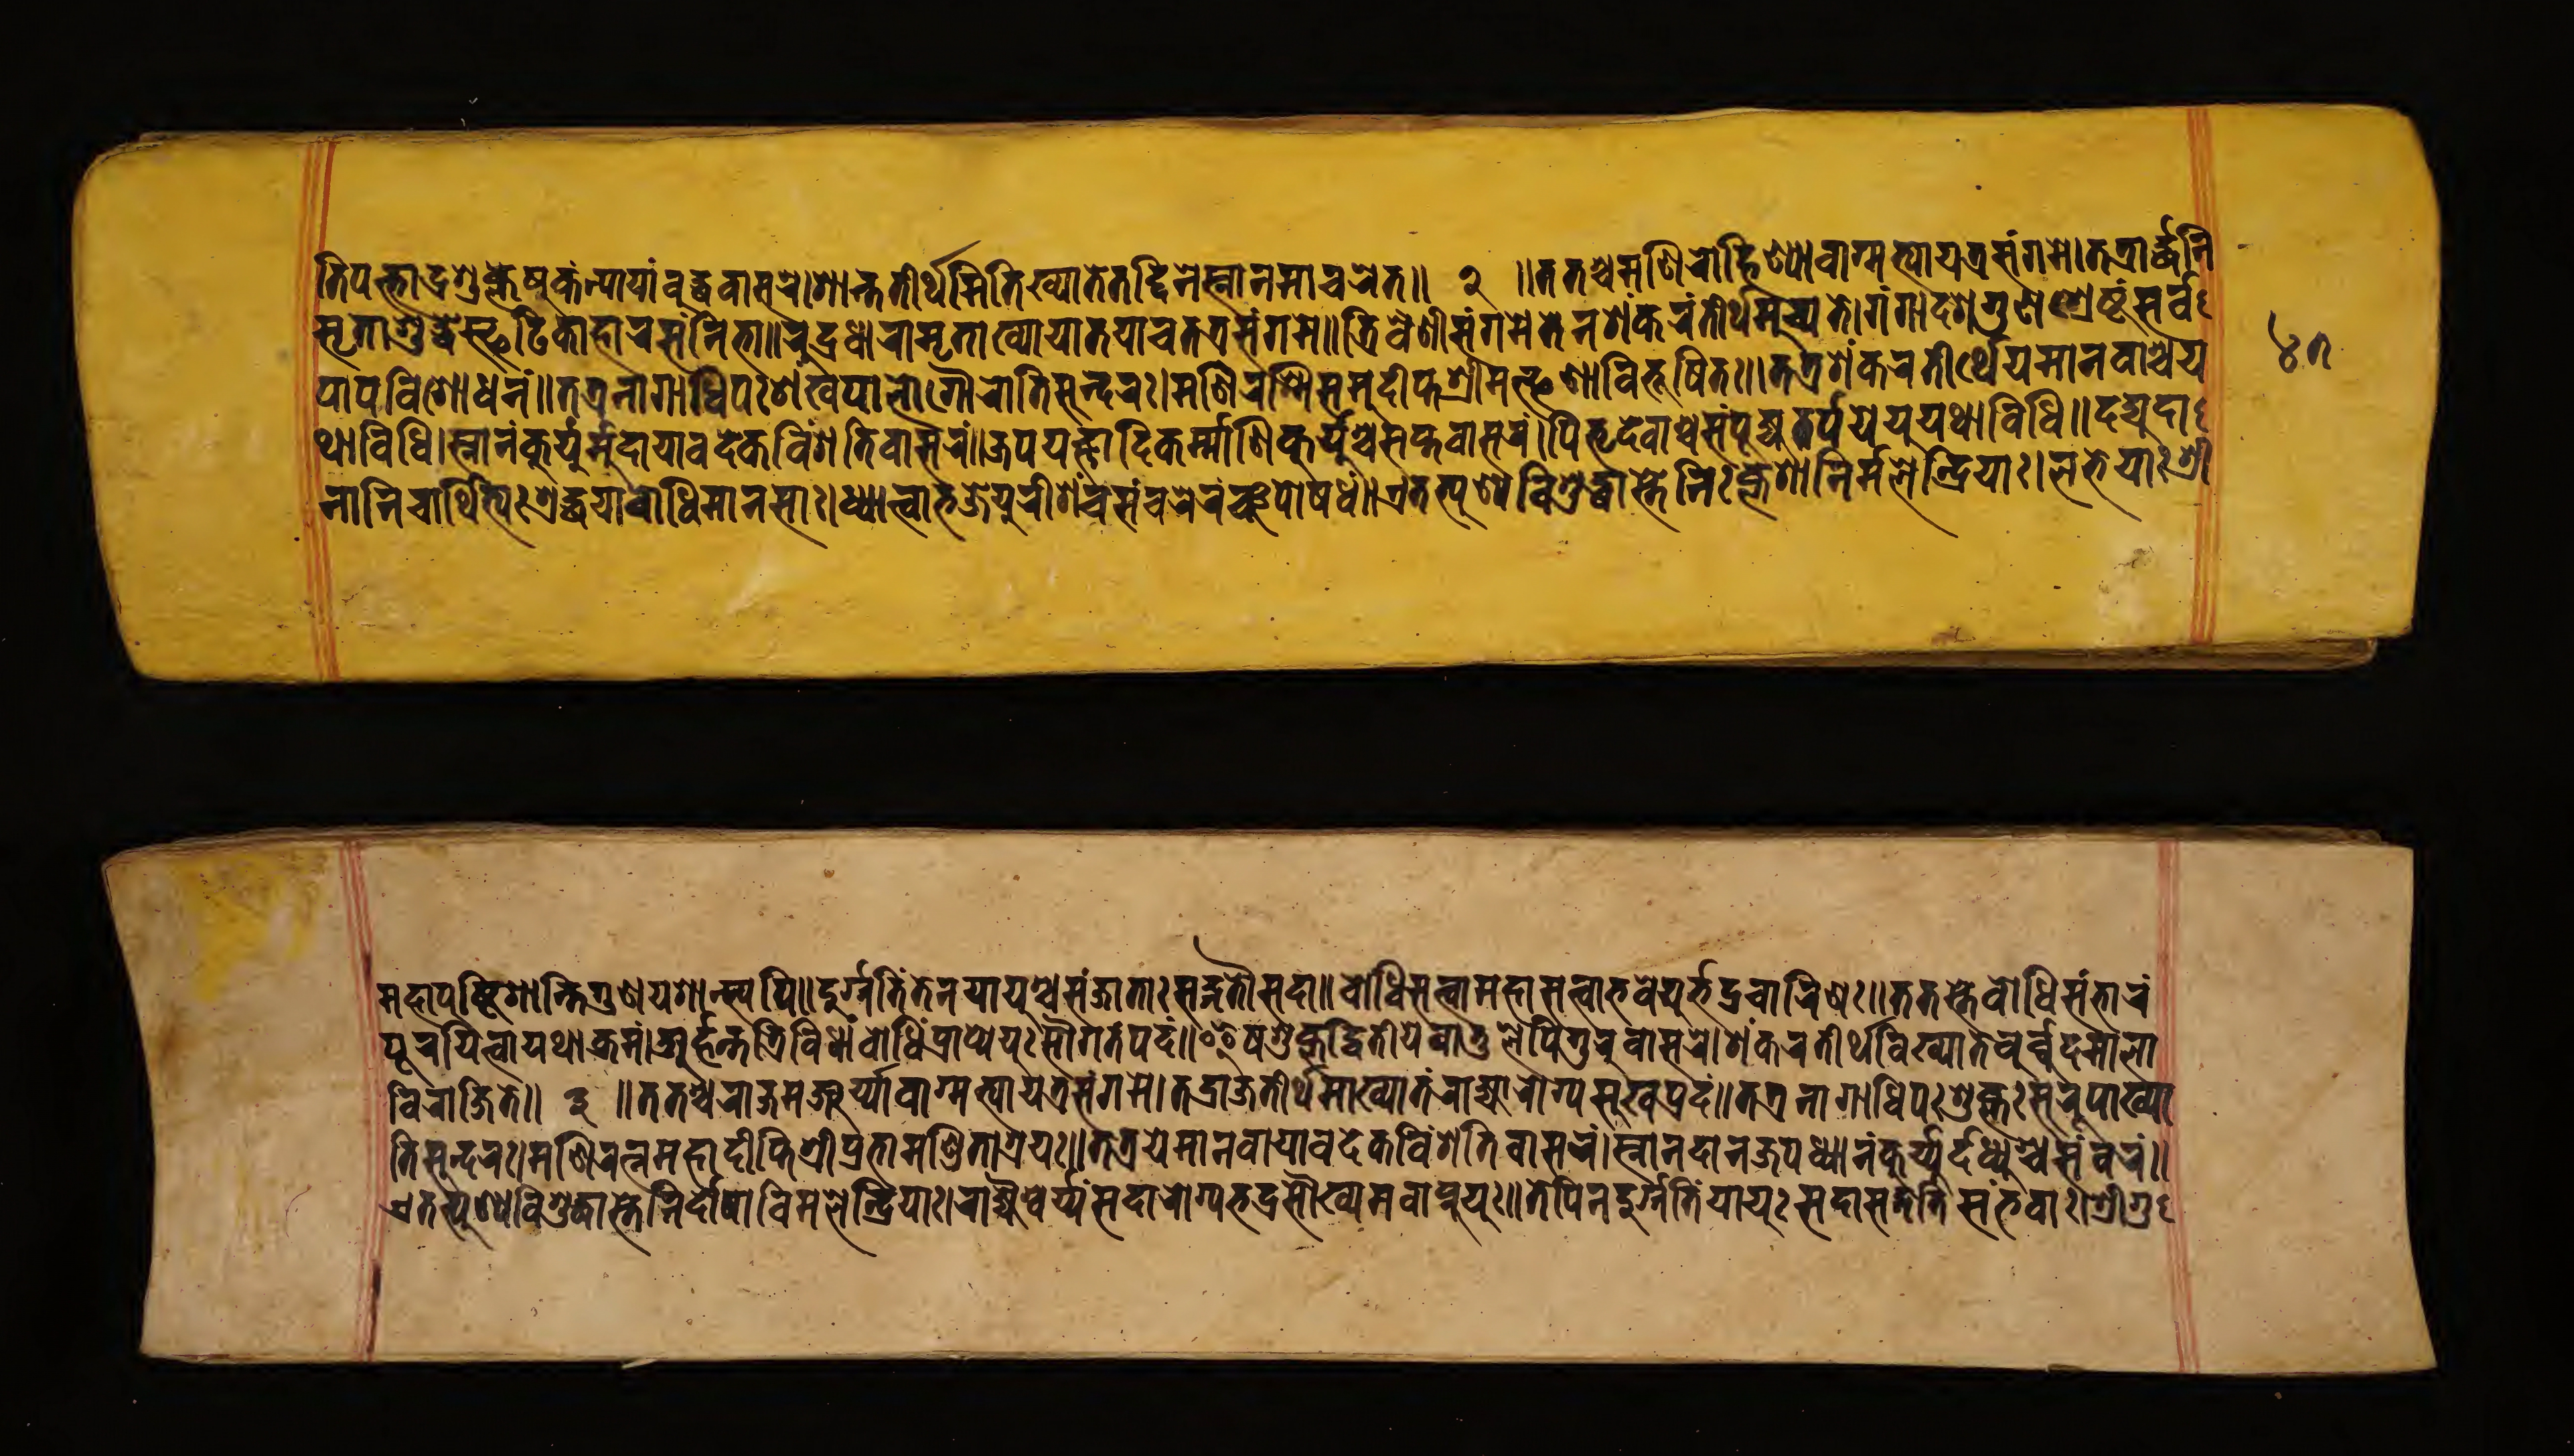
𑐟𑐶𑐥𑐎𑑂𑐟𑐵𑐡𑑂𑐬𑐱𑐸𑐎𑑂𑐟𑐾𑐲𑐸𑐎𑑄𑐟𑑂𑐫𑐵𑐫𑐵𑑄𑐧𑐸𑐡𑑂𑐢𑐰𑐵𑐳𑐔𑐾।𑐱𑐵𑐎𑑂𑐟𑐟𑐷𑐬𑑂𑐠𑐩𑐶𑐟𑐶𑐏𑑂𑐫𑐵𑐟𑐾𑐟𑐡𑑂𑐡𑐶𑐣𑐾𑐳𑑂𑐣𑐵𑐣𑐩𑐵𑐔𑐬𑐾𑐟𑑂॥ 𑑒 ॥𑐟𑐟𑐱𑑂𑐔𑐩𑐞𑐶𑐬𑑀𑐴𑐶𑐞𑑂𑐫𑐵𑐰𑐵𑐐𑑂𑐩𑐟𑑂𑐫𑐵𑐫𑐟𑑂𑐬𑐳𑑄𑐐𑐩𑐾।𑐟𑐟𑑂𑐬𑑀𑐬𑑂𑐡𑑂𑐢𑐣𑐶 𑐳𑐺𑐟𑐵𑐱𑐸𑐡𑑂𑐢𑐳𑑂𑐦𑐚𑐶𑐎𑐵𑐡𑐵𑐬𑐳𑑄𑐣𑑂𑐣𑐶𑐨𑐵॥𑐬𑐸𑐡𑑂𑐬𑐢𑐵𑐬𑐵𑐩𑐺𑐟𑐵𑐏𑑂𑐫𑐵𑐟𑐵𑐟𑐫𑐵𑐔𑐟𑐟𑑂𑐬𑐳𑑄𑐐𑐩𑐾॥𑐟𑑂𑐬𑐶𑐰𑐾𑐞𑐷𑐳𑑄𑐐𑐩𑐾𑐟𑐾𑐣𑐱𑑄𑐎𑐬𑐟𑐷𑐬𑑂𑐠𑐩𑐸𑐔𑑂𑐫𑐟𑐾।𑐐𑑄𑐐𑐵𑐡𑐱𑐐𑐸𑐞𑐱𑑂𑐬𑐾𑐲𑑂𑐚𑑄𑐳𑐬𑑂𑐰 𑐥𑐵𑐥𑐰𑐶𑐱𑑀𑐢𑐣𑑄॥𑐟𑐟𑑂𑐬𑐣𑐵𑐐𑐵𑐢𑐶𑐥𑐱𑑄𑐏𑐥𑐵𑐮𑑀𑐐𑑁𑐬𑐵𑐟𑐶𑐳𑐸𑐣𑑂𑐡𑐬𑑅।𑐩𑐞𑐶𑐬𑐳𑑂𑐩𑐶𑐳𑐩𑐸𑐡𑑂𑐡𑐶𑐥𑑂𑐟𑐱𑑂𑐬𑐷𑐩𑐟𑑂𑐦𑐞𑐵𑐰𑐶𑐨𑐹𑐲𑐶𑐟𑑅॥𑐟𑐟𑑂𑐬𑐱𑑄𑐎𑐬𑐟𑐷𑐬𑑂𑐠𑐾𑐫𑐾𑐩𑐵𑐣𑐰𑐵𑐱𑑂𑐔𑐫 𑐠𑐵𑐰𑐶𑐢𑐶𑑅।𑐳𑑂𑐣𑐵𑐣𑑄𑐎𑐸𑐬𑑂𑐫𑐸𑐬𑑂𑐩𑐸𑐡𑐵𑐫𑐵𑐰𑐡𑐾𑐎𑐰𑐶𑑄𑐱𑐟𑐶𑐰𑐵𑐳𑐬𑑄॥𑐖𑐥𑐫𑐖𑑂𑐘𑐵𑐡𑐶𑐎𑐬𑑂𑐩𑑂𑐩𑐵𑐞𑐶𑑅𑐎𑐸𑐬𑑂𑐫𑐸𑐱𑑂𑐔𑐳𑐥𑑂𑐟𑐰𑐵𑐳𑐬𑑄।𑐥𑐶𑐟𑐺𑐣𑑂𑐡𑐾𑐰𑐵𑐘𑑂𑐔𑐳𑑄𑐥𑐹𑐖𑑂𑐫𑐟𑐬𑑂𑐥𑑂𑐥𑐫𑐾𑐫𑐸𑐬𑑂𑐫𑐠𑐵𑐰𑐶𑐢𑐶॥𑐡𑐡𑑂𑐫𑐸𑐬𑑂𑐡𑐵 𑐣𑐵𑐣𑐶𑐔𑐵𑐬𑑂𑐠𑐶𑐨𑑂𑐫𑐱𑑂𑐬𑐡𑑂𑐢𑐫𑐵𑐧𑑀𑐢𑐶𑐩𑐵𑐣𑐳𑐵𑑅।𑐢𑑂𑐫𑐵𑐟𑑂𑐰𑐵𑐨𑐖𑐾𑐫𑐸𑐬𑐷𑐱𑑄𑐔𑐳𑑄𑐔𑐬𑐾𑐘𑑂𑐔𑐥𑑀𑐲𑐝𑑄॥𑐊𑐟𑐟𑑂𑐥𑐸𑐞𑑂𑐫𑐰𑐶𑐱𑐸𑐡𑑂𑐢𑐵𑐟𑑂𑐩𑐵𑐣𑐶𑑅𑐎𑑂𑐮𑐾𑐱𑐵𑑅𑐣𑐶𑐬𑑂𑐩𑑂𑐩𑐮𑐾𑐣𑑂𑐡𑑂𑐬𑐶𑐫𑐵𑑅।𑐮𑐨𑐾𑐫𑐸𑑅𑐱𑑂𑐬𑐷 𑐩𑐴𑐵𑐥𑐸𑐲𑑂𑐚𑐶𑐱𑐵𑐣𑑂𑐟𑐶𑐐𑐸𑐞𑐵𑐔𑐱𑐵𑐣𑑂𑐟𑑂𑐫𑐥𑐶॥𑐡𑐸𑐬𑑂𑐐𑑂𑐐𑐟𑐶𑐟𑐾𑐣𑐫𑐵𑐫𑐸𑐱𑑂𑐔𑐳𑑄𑐖𑐵𑐟𑐵𑑅𑐳𑐒𑑂𑐐𑐟𑑁𑐳𑐡𑐵॥𑐧𑑀𑐢𑐶𑐳𑐟𑑂𑐟𑑂𑐰𑐵𑐩𑐴𑐵𑐳𑐟𑑂𑐟𑑂𑐰𑐵𑐨𑐰𑐾𑐫𑐸𑐨𑐡𑑂𑐬𑐔𑐵𑐬𑐶𑐞𑑅॥𑐟𑐟𑐳𑑂𑐟𑐾𑐧𑑀𑐢𑐶𑐳𑑄𑐨𑐵𑐬𑑄 𑐰𑐶𑐬𑐵𑐖𑐶𑐟𑐾॥ 𑑓 ॥𑐟𑐟𑐱𑑂𑐔𑐬𑐵𑐖𑐩𑐘𑑂𑐔𑐬𑑂𑐫𑐵𑐰𑐵𑐐𑑂𑐩𑐟𑑂𑐫𑐵𑐫𑐟𑑂𑐬𑐳𑑄𑐐𑐩𑑄।𑐟𑐡𑑂𑐬𑐵𑐖𑐟𑐷𑐬𑑂𑐠𑐩𑐵𑐏𑑂𑐫𑐵𑐟𑑄𑐬𑐵𑐖𑑂𑐫𑐵𑐬𑑀𑐐𑑂𑐫𑐳𑐸𑐏𑐥𑐡𑑄॥𑐟𑐟𑑂𑐬𑐣𑐵𑐐𑐵𑐢𑐶𑐥𑑅𑐱𑐸𑐎𑑂𑐮𑑅𑐳𑐸𑐬𑐸𑐥𑐵𑐏𑑂𑐫𑐵 𑐟𑐶𑐳𑐸𑐣𑑂𑐡𑐬𑑅।𑐩𑐞𑐶𑐬𑐟𑑂𑐣𑐩𑐴𑐵𑐡𑐷𑐥𑑂𑐟𑐶𑐱𑑂𑐬𑐷𑐥𑑂𑐬𑐨𑐵𑐩𑐞𑑂𑐜𑐶𑐟𑐵𑐱𑑂𑐬𑐫𑑅॥𑐟𑐟𑑂𑐬𑐫𑐾𑐩𑐵𑐣𑐰𑐵𑐫𑐵𑐰𑐡𑐾𑐎𑐰𑐶𑑄𑐱𑐟𑐶𑐰𑐵𑐳𑐬𑑄॥𑐳𑑂𑐣𑐵𑐣𑐡𑐵𑐣𑐖𑐥𑐢𑑂𑐫𑐵𑐣𑑄𑐎𑐸𑐬𑑂𑐫𑐸𑐡𑐡𑑂𑐫𑐸𑐱𑑂𑐔𑐳𑑄𑐰𑐬𑑄॥ 𑐥𑐹𑐬𑐫𑐶𑐟𑑂𑐰𑐵𑐫𑐠𑐵𑐎𑑂𑐬𑐩𑑄।𑐀𑐬𑑂𑐴𑐣𑑂𑐟𑐳𑑂𑐟𑑂𑐬𑐶𑐰𑐶𑐢𑐵𑑄𑐧𑑀𑐢𑐶𑐥𑑂𑐬𑐵𑐥𑑂𑐫𑐾𑐫𑐸𑑅𑐳𑑁𑐐𑐟𑑄𑐥𑐡𑑄॥𑐂𑐲𑐐𑐸𑐥𑑂𑐟𑐡𑑂𑐢𑐶𑐟𑐷𑐫𑐾𑐧𑐵𑐟𑐸𑐮𑐾𑐥𑐶𑐐𑐸𑐬𑑂𑐰𑐵𑐳𑐬𑐾।𑐱𑑄𑐎𑐬𑐟𑐷𑐬𑑂𑐠𑐰𑐶𑐏𑑂𑐫𑐵𑐟𑐾𑐧𑐸𑐬𑑂𑐡𑑂𑐢𑐡𑐩𑐵𑐮𑐵 𑐊𑐟𑐟𑑂𑐥𑐸𑐞𑑂𑐫𑐰𑐶𑐱𑐸𑐡𑑂𑐢𑐵𑐳𑑂𑐟𑐾𑐣𑐶𑐬𑑂𑐡𑑀𑐲𑐵𑐰𑐶𑐩𑐮𑐾𑐣𑑂𑐡𑑂𑐬𑐶𑐫𑐵𑑅।𑐬𑐵𑐖𑑂𑐫𑐱𑑂𑐰𑐬𑑂𑐫𑐳𑐡𑐵𑐬𑑀𑐐𑑂𑐫𑐨𑐡𑑂𑐬𑐳𑑁𑐏𑑂𑐫𑐩𑐰𑐵𑐥𑑂𑐣𑐸𑐫𑐸𑑅॥𑐟𑐾𑐥𑐶𑐣𑐡𑐸𑐬𑑂𑐐𑑂𑐐𑐟𑐶𑐫𑐵𑐫𑐸𑑅𑐳𑐡𑐵𑐳𑐡𑑂𑐐𑐟𑐶𑐳𑑄𑐨𑐰𑐵𑑅।𑐱𑑂𑐬𑐷𑐐𑐸 𑑔𑑗